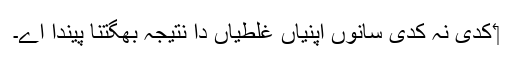
‏ کدی نہ کدی سانوں اپنیاں غلطیاں دا نتیجہ بھگتنا پیندا اے۔